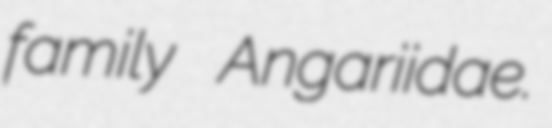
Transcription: family Angariidae.